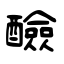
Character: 醶